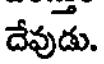
దేవుడు.